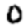
Digit: 0